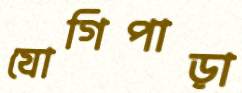
যোগিপাড়া